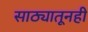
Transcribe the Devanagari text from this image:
साठ्यातूनही